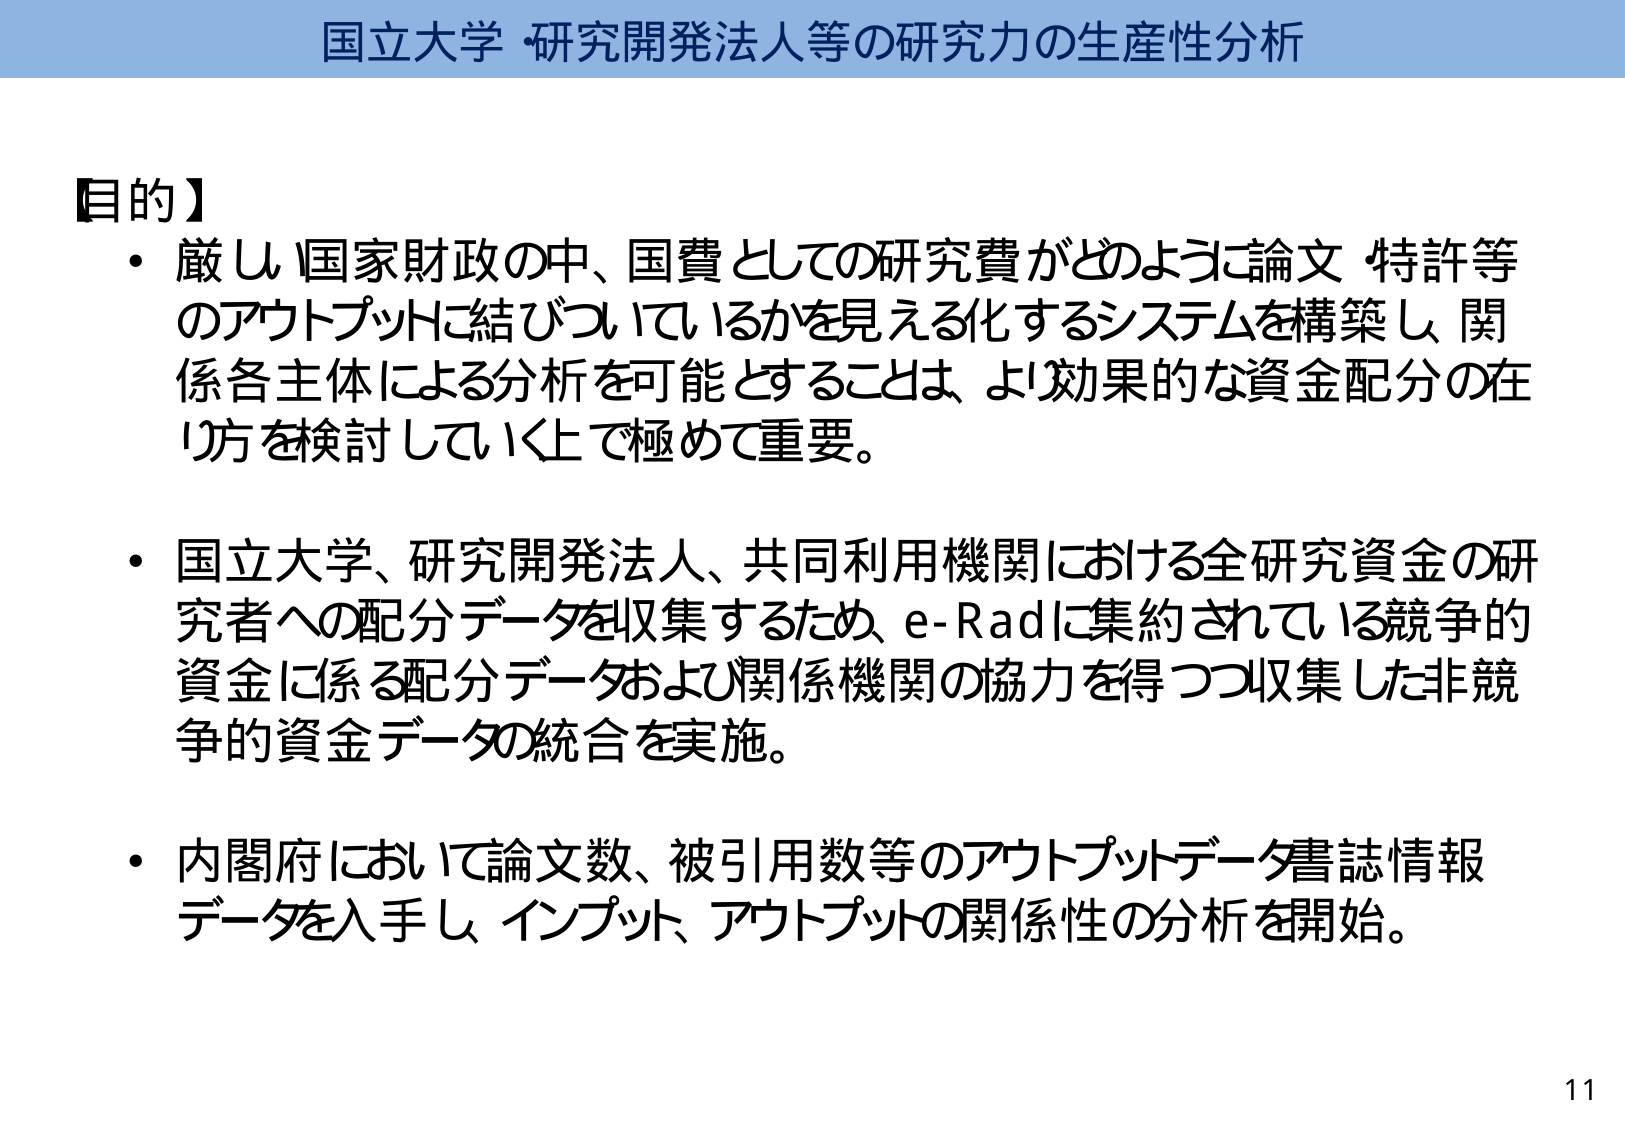
国立大学・研究開発法人等の研究力の生産性分析

【目的】
・厳しく国家財政の中、国費としての研究費がどのように論文・特許等のアウトプットに結びついているかを見える化するシステムを構築し、関係各主体による分析を可能とすることは、より効果的な資金配分の在り方を検討していく上で極めて重要。
・国立大学、研究開発法人、共同利用機関における全研究資金の研究者への配分データを収集するため、e-Radに集約されている競争的資金に係る配分データおよび関係機関の協力を得つつ収集した非競争的資金データの統合を実施。
・内閣府において論文数、被引用数等のアウトプットデータ書誌情報データを入手し、インプット、アウトプットの関係性の分析を開始。

11